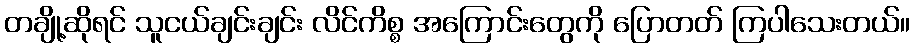
တချို့ဆိုရင် သူငယ်ချင်းချင်း လိင်ကိစ္စ အကြောင်းတွေကို ပြောတတ် ကြပါသေးတယ်။